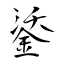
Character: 鋈